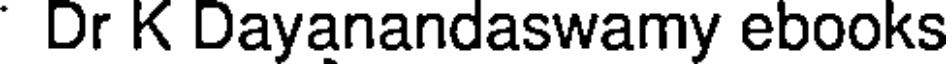
Dr K Dayanandaswamy ebooks